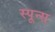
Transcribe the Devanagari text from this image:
स्पून्स